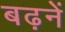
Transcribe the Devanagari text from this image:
बढ़नें